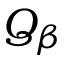
Q _ { \beta }